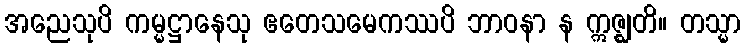
အညေသုပိ ကမ္မဋ္ဌာနေသု ဧတေသမေကဿပိ ဘာဝနာ န ဣဇ္ဈတိ။ တသ္မာ